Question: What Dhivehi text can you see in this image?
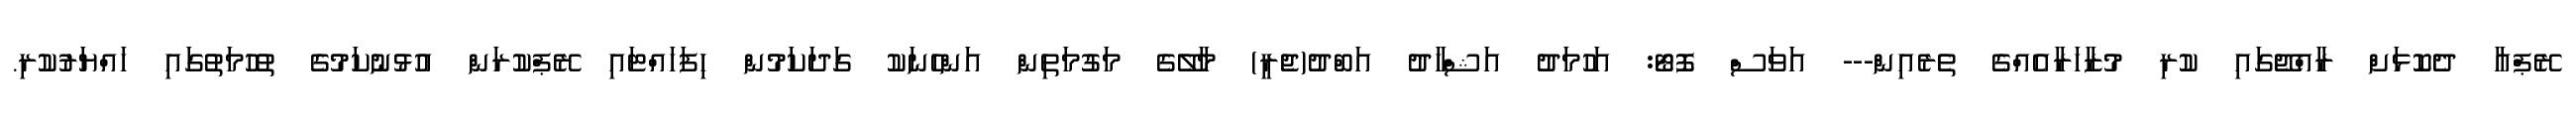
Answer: ރޭޕްއާ ދެކޮޅަށް ރާއްޖޭގައި ކުރި މުޒާހަރާއެއްގެ ތެރެއިން--- އަވަސް ފޮޓޯ: އަހުމަދު އަޝްހާދު އަބްދު(ޖެރީ) މާލޭގެ މަގުމަތިން އަންހެނަކު ގަދަކަމުން ހިފަހައްޓައި ރޭޕްކުރަން އުޅުނުކަމުގެ ތުހުމަތުގައި ހައްޔަރުކުރި.